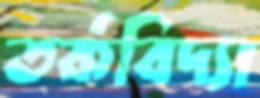
তর্কবিদ্যা